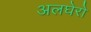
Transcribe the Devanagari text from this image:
अलघेरो